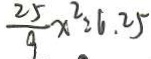
\frac { 2 5 } { 9 } x ^ { 2 } = 6 . 2 5